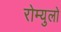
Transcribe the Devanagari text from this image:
रोम्युलो